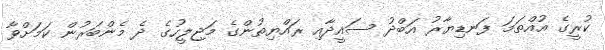
ކުރީގެ އުއްތަމަ ފަނޑިޔާރު އަބްދު ސައީދާއި ރައްޔިތުންގެ މަޖިލީހުގެ ދެ މެންބަރުން ކަމަށްވާ